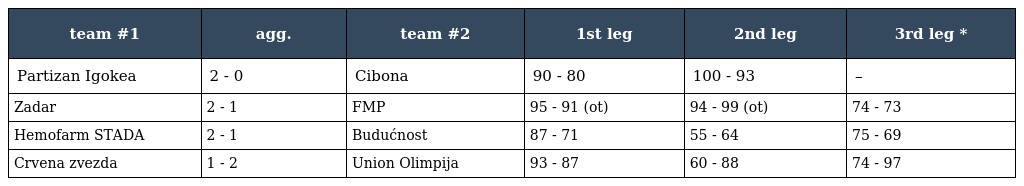
| team #1 | agg. | team #2 | 1st leg | 2nd leg | 3rd leg * |
 | --- | --- | --- | --- | --- | --- |
 | Partizan Igokea | 2 - 0 | Cibona | 90 - 80 | 100 - 93 | – |
 | Zadar | 2 - 1 | FMP | 95 - 91 (ot) | 94 - 99 (ot) | 74 - 73 |
 | Hemofarm STADA | 2 - 1 | Budućnost | 87 - 71 | 55 - 64 | 75 - 69 |
 | Crvena zvezda | 1 - 2 | Union Olimpija | 93 - 87 | 60 - 88 | 74 - 97 |